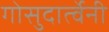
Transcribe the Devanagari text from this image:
गोसुदार्त्वेनी